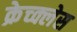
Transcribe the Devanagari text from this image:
क्रेच्क्लेस